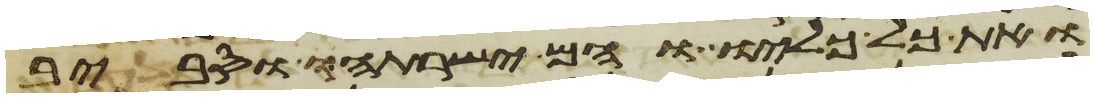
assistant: ואת כל כליו והם ישרתהו וסביב